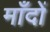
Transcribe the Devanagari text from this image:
माँदों